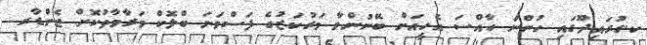
ކ.ގުރައިދޫގައި ހުންނަ ހާއްސަ އެހީއަށް ބޭނުންވާ މަރުކަޒުގެ ފަސްވަނަ ބްލޮކް މަރާމާތުކޮށް ޖެންޑާރ